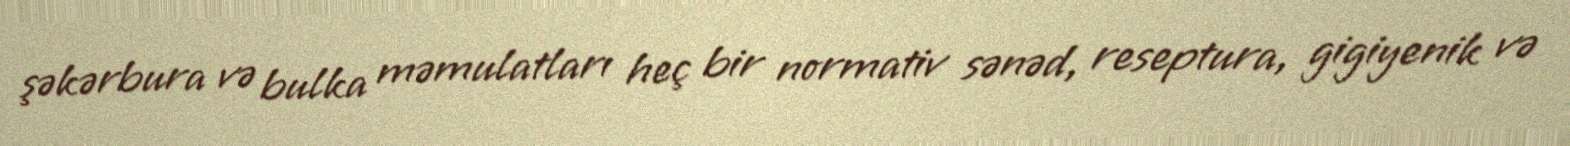
şəkərbura və bulka məmulatları heç bir normativ sənəd, reseptura, gigiyenik və